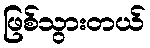
ဖြစ်သွားတယ်